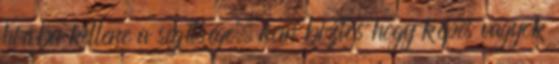
hiába kellene a segítsége, nem biztos hogy képes vagyok